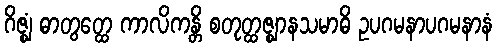
ဂိဇ္ဈံ ဓာတွတ္ထေ ကာလိကန္တိ စတုတ္ထဇ္ဈာနသမာဓိ ဥပဂမနာပဂမနာနံ